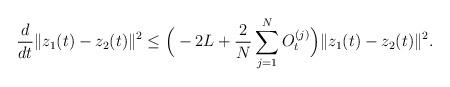
LaTeX: \begin{align*}\frac{d}{dt}\|z_1(t)-z_2(t)\|^2\leq\Big(-2L+\frac{2}{N}\sum\limits_{j=1}^{N}O_t^{(j)}\Big)\|z_1(t)-z_2(t)\|^2.\end{align*}